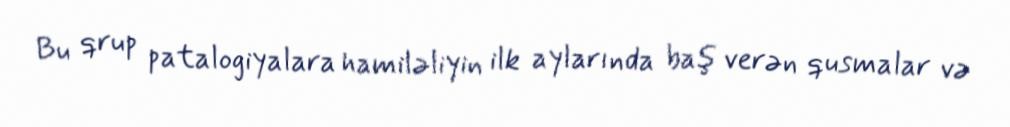
Bu qrup patalogiyalara hamiləliyin ilk aylarında baş verən qusmalar və